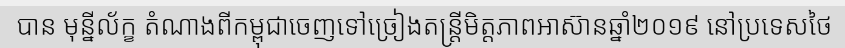
បាន មុន្នីល័ក្ខ តំណាងពីកម្ពុជាចេញទៅច្រៀងតន្ត្រីមិត្តភាពអាស៊ានឆ្នាំ២០១៩ នៅប្រទេសថៃ